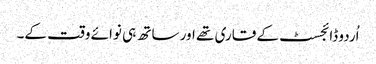
اُردو ڈائجسٹ کے قاری تھے اور ساتھ ہی نوائے وقت کے۔